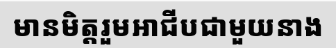
មានមិត្តរួមអាជីបជាមួយនាង